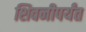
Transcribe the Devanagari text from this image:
शिवनीपर्यंत